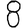
Digit: 8